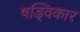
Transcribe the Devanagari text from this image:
षड्विकार